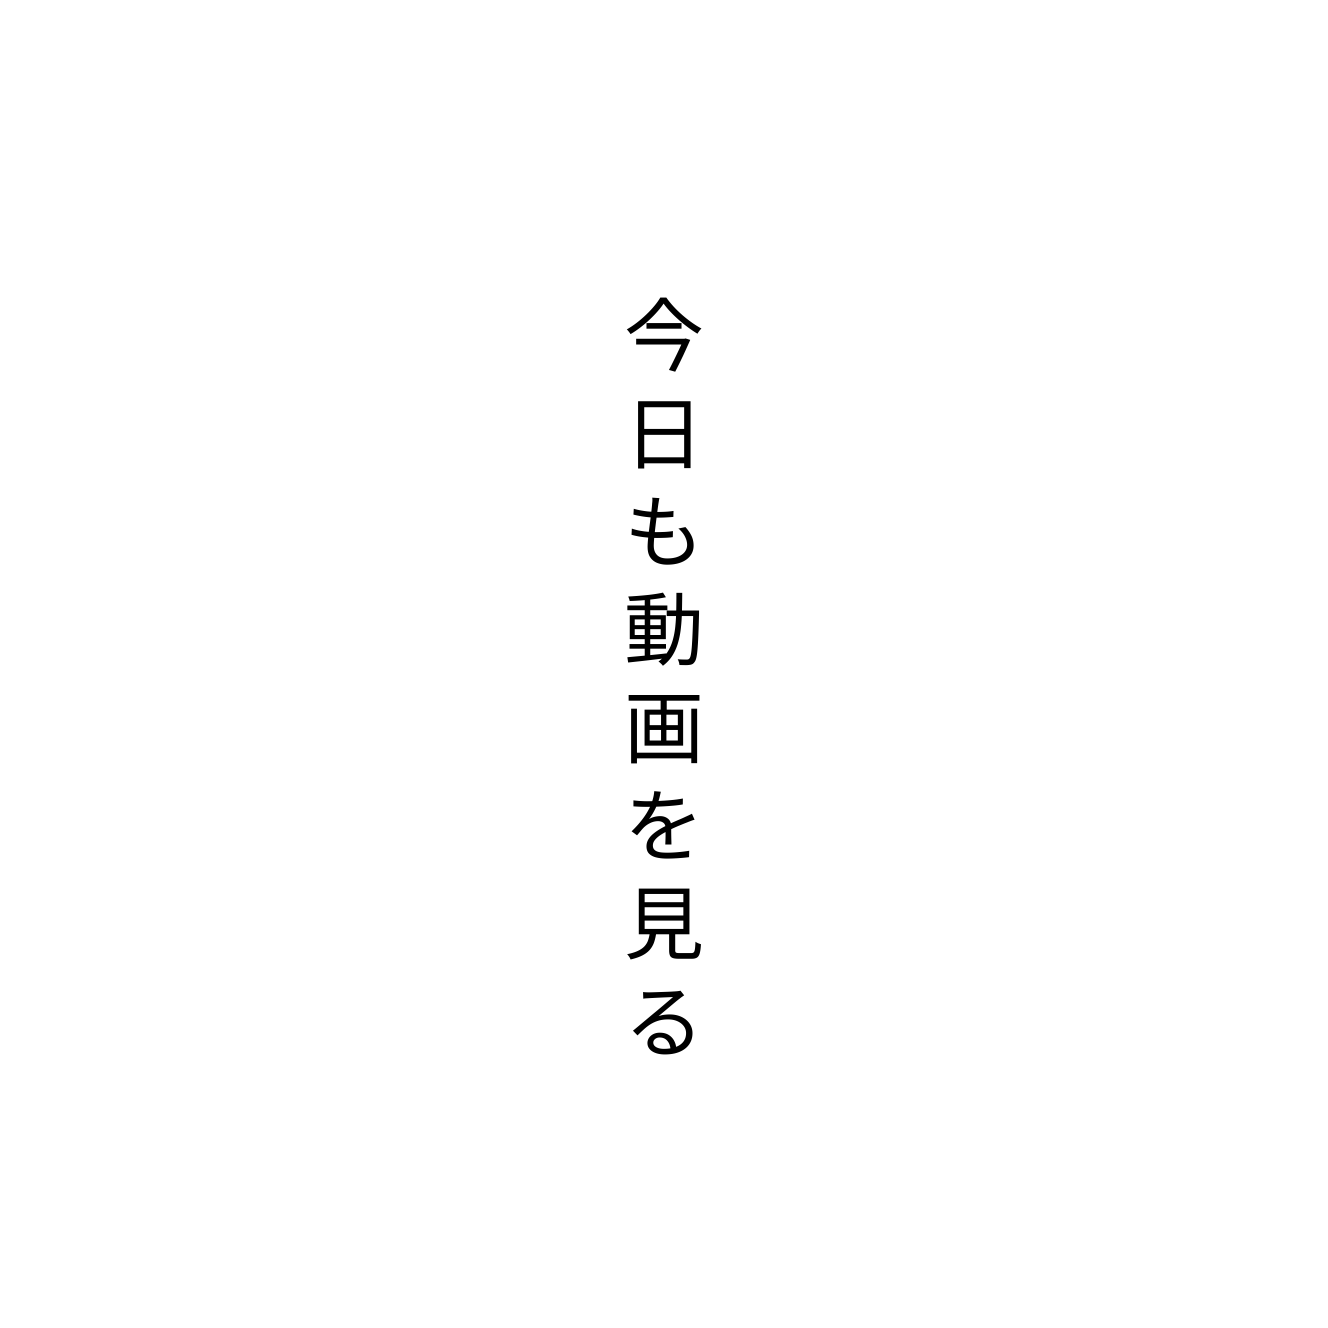
今日も動画を見る